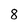
Character: 8